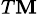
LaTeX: ^{T\mathbf{M}}